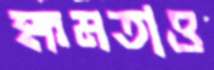
ক্ষমতাও